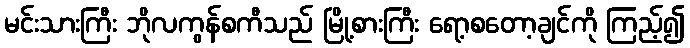
မင်းသားကြီး ဘိုလကွန်စကီသည် မြို့စားကြီး ရော့စတော့ချင်ကို ကြည့်၍